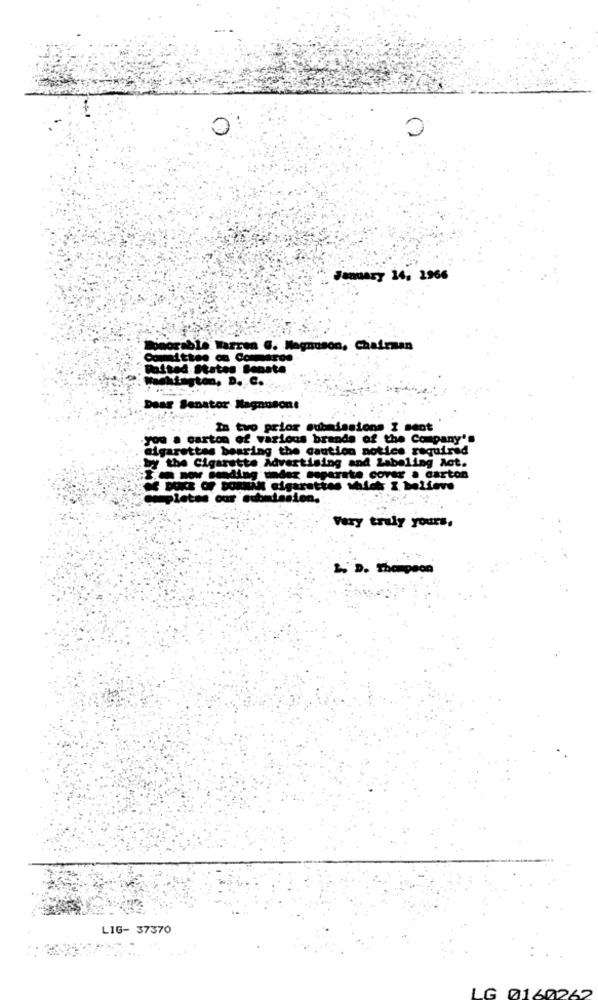
January 14, 2966
norable Warren G. Magnuson, Chairman
Committee on Commerce
Doited States Benste
Doag Senator Magnusone
In two prior submissions I sent
you a carton of various brands of the Company's
cigarettes bearing the caution notice required
by the Cigarette Advertising and Labeling Act.
moy leading under separate cover a carton
ompletas our submission.
Very truly yours.
1. D. Thompson
LIG- 37370
LG 0160262